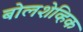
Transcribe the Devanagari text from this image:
बोलशेव्हिक